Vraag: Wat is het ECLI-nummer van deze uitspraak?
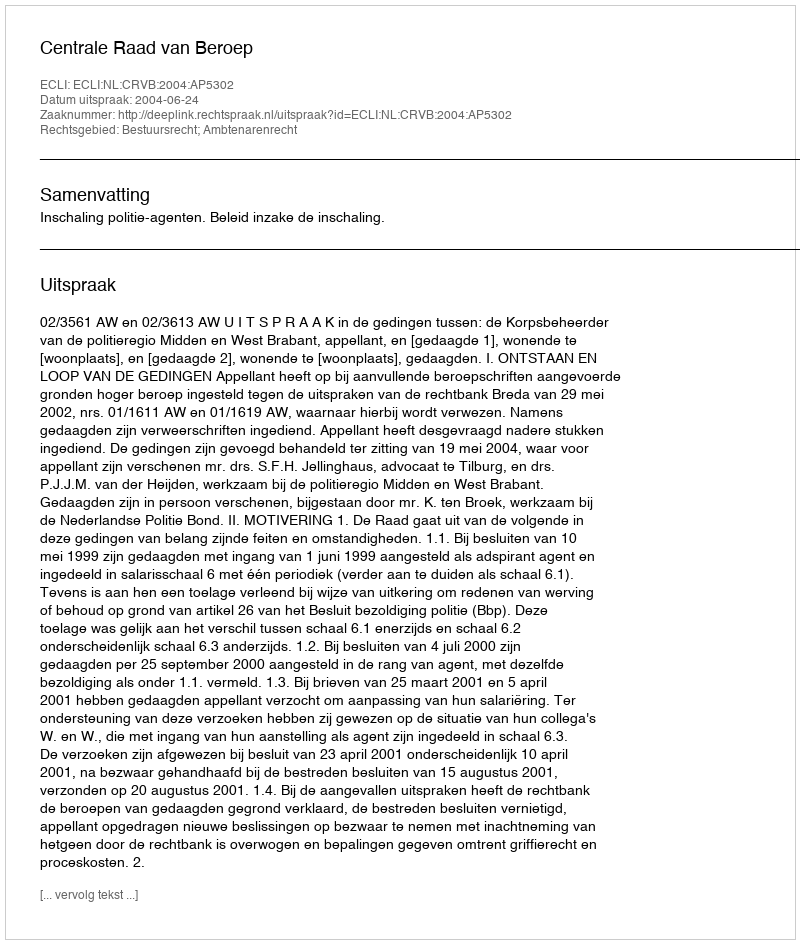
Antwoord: ECLI:NL:CRVB:2004:AP5302